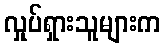
လှုပ်ရှားသူများက